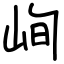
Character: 峋